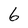
Character: 6